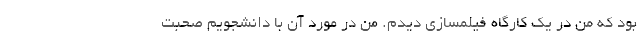
بود که من در یک کارگاه فیلمسازی دیدم. من در مورد آن با دانشجویم صحبت